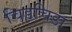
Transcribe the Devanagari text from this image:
चिड़चिडा